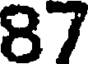
87